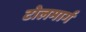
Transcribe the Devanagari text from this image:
टोलमार्ग